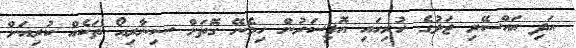
އަދި އައްސޭރި ޖަލުގެ ހުރިހައި އޮފިސަރުން ހިމެނޭ ގޮތަށް ސިނާރިއޯ ތަކެއް ކުރިއަށް